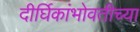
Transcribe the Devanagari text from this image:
दीर्घिकांभोवतीच्या